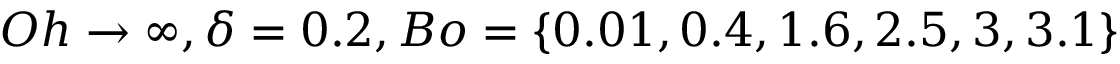
O h \rightarrow \infty , \delta = 0 . 2 , B o = \{ 0 . 0 1 , 0 . 4 , 1 . 6 , 2 . 5 , 3 , 3 . 1 \}